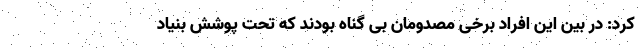
کرد: در بین این افراد برخی مصدومان بی گناه بودند که تحت پوشش بنیاد